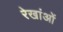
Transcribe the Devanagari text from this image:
रेखांओं